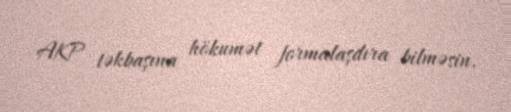
AKP təkbaşına hökumət formalaşdıra bilməsin.